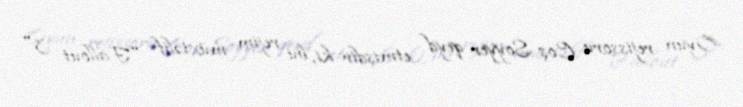
Oyun rejissoru Coş Soyyer qeyd etmişdir ki, bu rejim müxtəlif "Fallout 3"